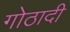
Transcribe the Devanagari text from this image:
गोठादी